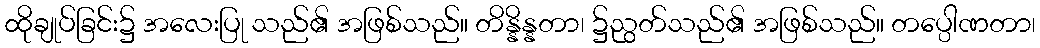
ထိုချုပ်ခြင်း၌ အလေးပြု သည်၏ အဖြစ်သည်။ တိန္နိန္နတာ၊ ၌ညွတ်သည်၏ အဖြစ်သည်။ တပ္ပေါဏတာ၊